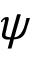
\psi